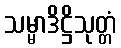
သမ္မာဒိဋ္ဌိသုတ္တံ